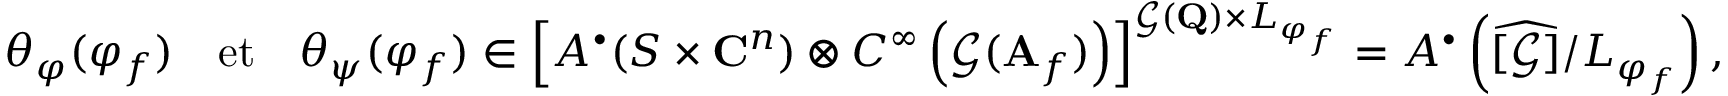
\theta _ { \varphi } ( \varphi _ { f } ) \quad \mathrm { e t } \quad \theta _ { \psi } ( \varphi _ { f } ) \in \left[ A ^ { \bullet } ( S \times \mathbf { C } ^ { n } ) \otimes C ^ { \infty } \left( \mathcal { G } ( \mathbf { A } _ { f } ) \right) \right] ^ { \mathcal { G } ( \mathbf { Q } ) \times L _ { \varphi _ { f } } } = A ^ { \bullet } \left( \widehat { [ \mathcal { G } ] } / L _ { \varphi _ { f } } \right) ,